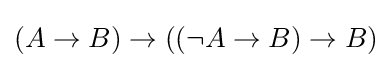
(A\to B)\to ((\neg A\to B)\to B)